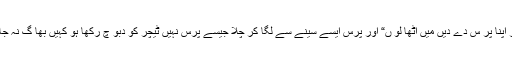
”ٹیچر اپنا پر س دے دیں میں اٹھا لو ں“ اور پرس ایسے سینے سے لگا کر چلا جیسے پرس نہیں ٹیچر کو دبو چ رکھا ہو کہیں بھا گ نہ جا ئے۔